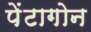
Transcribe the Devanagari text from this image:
पेंटागोन